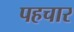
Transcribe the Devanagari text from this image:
पहचार